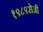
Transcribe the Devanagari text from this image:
१९८९रोजी